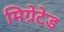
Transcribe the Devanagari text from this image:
मिग्रेटेड